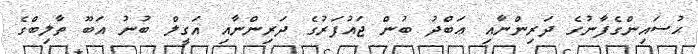
ޙުސައިންގެފާނުގެ ދަރިންނާއި ޢަބްދު ބުން ޖައުފަރުގެ ދަރިންނާއި އަގީލް ބުނު އަބޫ ތާލިބްގެ